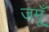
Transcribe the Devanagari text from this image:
जमूँ